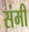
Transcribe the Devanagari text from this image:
संमी